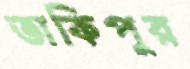
তাকিপুর